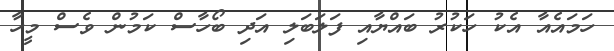
ހަމައެއާ އެކު ހަކުރު ބައްޔާއި ފަލަބަލި އަދި ބޯހާސް ކަމުން ވެސް މީހާ